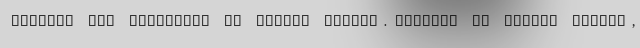
onflict and sanctions on public health. Journal of public health,